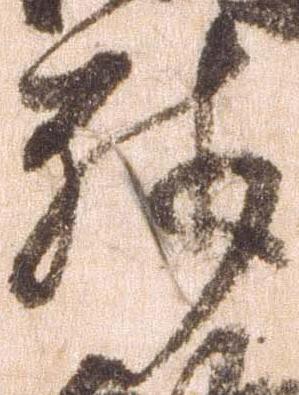
残